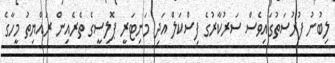
ލިބުނު ފުރުސަތުގައިވެސް ސަރުކާރުގެ ފިސްކަލް އަދި މަނިޓަރީ ޕޮލިސީގެ ތެރެއިން ރައްޔިތު މީހާގެ